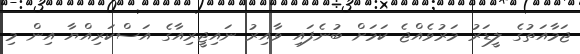
ޖަމާއަތުގެ ލީޑަރު މަރުވެއްޖެ ކަމަށް ބުނެފައި ވާއިރު ނައިޖީރިއާގެ އަސްކަރިއްޔާ އިން މި